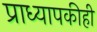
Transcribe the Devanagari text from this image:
प्राध्यापकीही